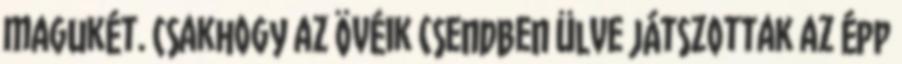
magukét. Csakhogy az övéik csendben ülve játszottak az épp